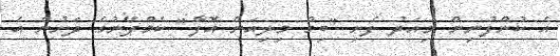
އެ ކުންފުނިން މިއަދު ފެށި "ބިގް މިލިއަން އޮފާ" ކެމްޕޭނުގެ ދަށުން އެ